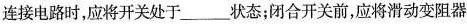
连接电路时，应将开关处于___状态；闭合开关前，应将滑动变阻器